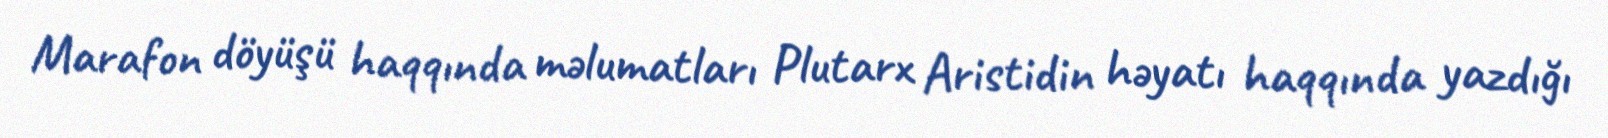
Marafon döyüşü haqqında məlumatları Plutarx Aristidin həyatı haqqında yazdığı